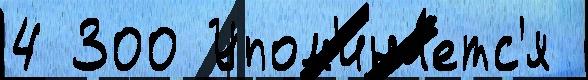
4 300 Упом'ина́етс'я